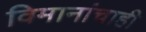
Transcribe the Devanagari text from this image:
विमानांचाही